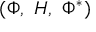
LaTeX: ( \Phi , \, \, H , \, \, \Phi ^ { * } )